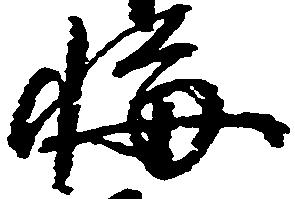
悔